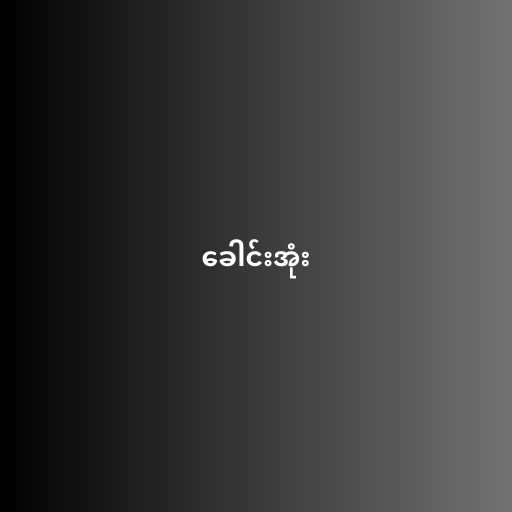
ခေါင်းအုံး